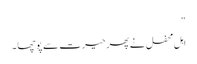
“
اہلِ محفل نے پھر حیرت سے پوچھا ۔